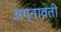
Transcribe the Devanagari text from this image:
अग्नावती